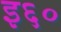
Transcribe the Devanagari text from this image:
इ६०